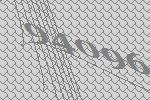
94096